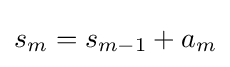
s_{m}=s_{m-1}+a_{m}